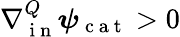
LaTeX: \nabla{}_{\mathrm{~i~n~}}^{Q}\boldsymbol\psi_{\mathrm{~c~a~t~}}>0